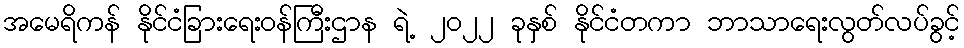
အမေရိကန် နိုင်ငံခြားရေးဝန်ကြီးဌာန ရဲ့ ၂၀၂၂ ခုနှစ် နိုင်ငံတကာ ဘာသာရေးလွတ်လပ်ခွင့်